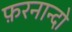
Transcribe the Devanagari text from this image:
फ़रनान्दो